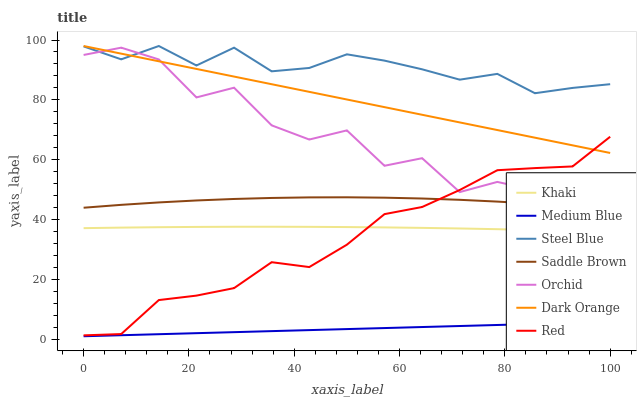
| xaxis_label | Khaki | Medium Blue | Steel Blue | Saddle Brown | Orchid | Dark Orange | Red |
 | --- | --- | --- | --- | --- | --- | --- | --- |
 | 0 | 37.1 | 1 | 97.9 | 44 | 95 | 98 | 1.3 |
 | 7.14 | 37.3 | 1.34 | 93.5 | 44.9 | 97.4 | 95.4 | 1.73 |
 | 14.3 | 37.4 | 1.68 | 98 | 45.7 | 93.5 | 92.9 | 13.1 |
 | 21.4 | 37.5 | 2.03 | 91.5 | 46.4 | 80.8 | 90.3 | 14.6 |
 | 28.6 | 37.6 | 2.37 | 97.4 | 46.9 | 84.1 | 87.8 | 17.1 |
 | 35.7 | 37.6 | 2.71 | 89.5 | 47.2 | 71.5 | 85.2 | 25.8 |
 | 42.9 | 37.6 | 3.05 | 90.7 | 47.4 | 66.7 | 82.7 | 24.1 |
 | 50 | 37.5 | 3.4 | 95.2 | 47.4 | 69.8 | 80.1 | 31.6 |
 | 57.1 | 37.4 | 3.74 | 93.1 | 47.3 | 58 | 77.6 | 41.8 |
 | 64.3 | 37.2 | 4.08 | 90.2 | 47 | 60.5 | 75 | 44.2 |
 | 71.4 | 37 | 4.42 | 86.8 | 46.6 | 49.2 | 72.5 | 49.9 |
 | 78.6 | 36.8 | 4.76 | 88.7 | 46 | 52.6 | 69.9 | 56.5 |
 | 85.7 | 36.5 | 5.11 | 82.2 | 45.3 | 49.8 | 67.4 | 57.2 |
 | 92.9 | 36.2 | 5.45 | 84 | 44.4 | 38.3 | 64.8 | 57.8 |
 | 100 | 35.8 | 5.79 | 85.2 | 43.3 | 34.9 | 62.3 | 67.7 |